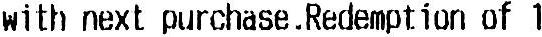
WITH NEXT PURCHASE.REDEMPTION OF 1